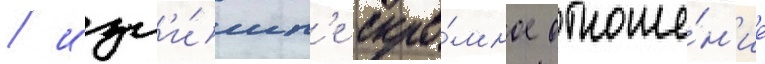
/ изл'и́шн'е скро́мное отноше́н'ие